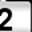
Digit: 2